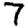
Digit: 7